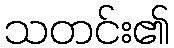
သတင်း၏